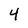
Character: 4